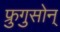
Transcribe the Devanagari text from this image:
फ्रुगुसोन्